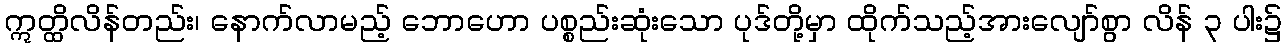
ဣတ္ထိလိန်တည်း၊ နောက်လာမည့် ဘောဟော ပစ္စည်းဆုံးသော ပုဒ်တို့မှာ ထိုက်သည့်အားလျော်စွာ လိန် ၃ ပါး၌